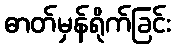
ဓာတ်မှန်ရိုက်ခြင်း